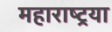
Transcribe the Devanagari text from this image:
महाराष्ट्रया